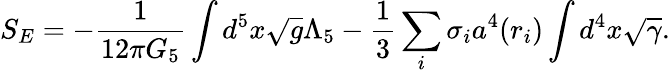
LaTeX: S_{E}=-{\frac{1}{12\pi G_{5}}}\int d^{5}x\sqrt{g}\Lambda_{5}-{\frac{1}{3}}\sum_{i}\sigma_{i}a^{4}(r_{i})\int d^{4}x\sqrt{\gamma}.